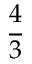
\frac 4 3